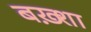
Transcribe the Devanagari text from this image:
बख़्शा